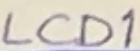
Text: LCD1